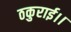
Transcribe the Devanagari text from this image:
ठकुराई।।